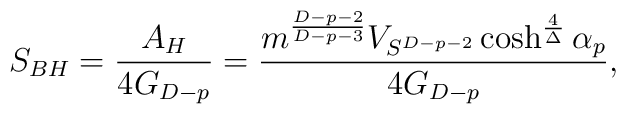
S_{BH}={{A_H}\over{4G_{D-p}}}={{m^{{D-p-2}\over{D-p-3}}V_{S^{D-p-2}}\cosh^{4\over{\Delta}}\alpha_p}\over{4G_{D-p}}},